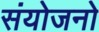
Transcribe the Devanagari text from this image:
संयोजनो